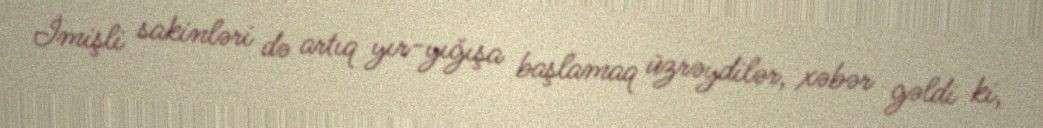
İmişli sakinləri də artıq yır-yığışa başlamaq üzrəydilər, xəbər gəldi ki,